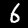
Label: 6